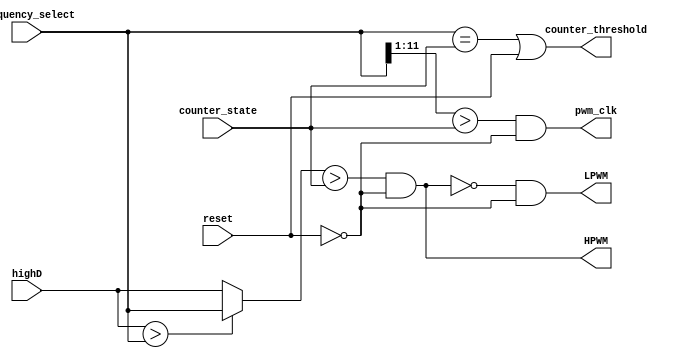
module pwm_generator #(parameter RESOLUTION = 12) (
	input wire [RESOLUTION-1:0] counter_state
,	input wire [RESOLUTION-1:0] highD
,	input wire [RESOLUTION-1:0] frequency_select
,	input wire reset

,   output wire counter_threshold
,	output wire HPWM
,	output wire LPWM
,   output wire pwm_clk
);

// WIRES
wire [RESOLUTION-1:0] fs = frequency_select;
wire [RESOLUTION-1:0] highside_count;

//// Frequency Select Calculations
//wire [RESOLUTION-1:0] fs_inv;
//wire [RESOLUTION-1:0] fs;
//assign fs = {RESOLUTION{1'b1}} - frequency_select;
////assign fs     = (fs_inv == 0) ? 0 : fs_inv - 1;

// Duty Cycle Saturation Checking
wire [RESOLUTION-1:0] sat_highD = (highD > fs) ? fs : highD;

// PWM Sawtooth Threshold
assign counter_threshold = (fs == counter_state) | reset;

// PWM Generation Based on Sawtooth
assign HPWM    = (sat_highD > counter_state) & (~reset);
assign LPWM    = ~HPWM & (~reset);
assign pwm_clk = ((fs >> 1) > counter_state) & (~reset);

endmodule